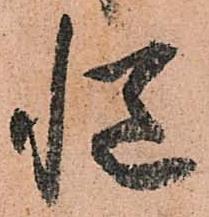
慥